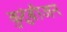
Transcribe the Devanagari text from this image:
कुटुंबीजन